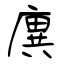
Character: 廙